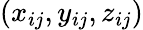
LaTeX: (x_{ij},y_{ij},z_{ij})